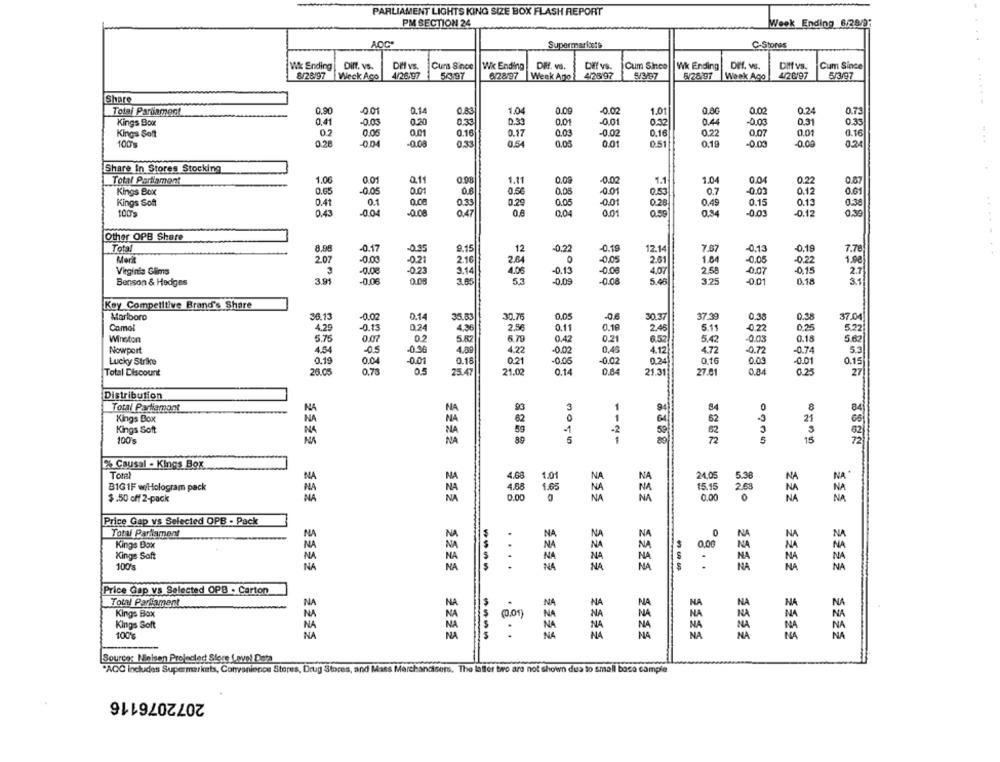
PARLIAMENT LIGHTS KING SIZE BOX FLASH REPORT
PM SECTION 24
Week Ending 6/28/0;
AOC
Supermarkets
C-Stores
W& Ending | Diff. vs.
Diff vs.
Curs Since
Wk Ending
DI. va.
Diff vs.
Cum Since
Wk Ending
Dif. vs.
Diff vs.
Cum Since
8/28/97
Week Aco
4/26,97
56.97
6/2897
Week Ago
4/28'97
5/3/97
5/2897 Week Ago
4/26/97
5/3/97
Share
.......
Total Parliament
0,90
-0.01
0.14
0.83
1.04
0.09
-0.02
1.01
0.80
0.00
0.24
0.73
Kings Box
0.41
-0.03
0.20
0.33
0.01
-0.01
0.32
0.44
-0.03
0.31
0.33
033
Kings Soft
02
0.05
0.01
0.16
0.17
0.03
-0.02
0.16
0.22
0.07
0.01
0.16
100
0.26
-0.04
-0.08
0.33
0.5
0.01
0.51
0.19
-0.05
-0,00
0.24
Share In Stores Stocking
Total Parliament
1.06
0.01
0.11
0.98
1.11
-0.02
1.1
1.04
0.04
0.22
0.67
Kings Box
0.65
-0.05
0.50
0.05
001
0.7
-0.03
0.12
0.8
0.53
0.61
Kings Soft
0.41
0.1
0.08
0.33
0.29
0.05
-0.01
0.28
0.49
0.15
0.13
0.38
100%
0.43
-0.04
-0.00
0.6
0.04
0.0
0.59
0.34
-0.03
-0.12
Other OPB Share
Total
8,98
-0.17
-0.95
9.15
12
-0.22
-0.19
12.14
7.87
-0.13
-0.19
7.78
Merk
2.07
-0.00
-021
2.16
-0,05
1.04
-0.05
-0.22
1.98
2.64
2.61
Virginia Glims
-0.08
-0.23
3.14
4.06
-0.13
-0.06
4.07
2.5:
-0.07
-0,15
2.7
Benson & Hedges
3.91
-0.06
0.05
3.65
57
-0.09
-0.08
5.48
3.25
-0.01
0.18
3.1
Key Competitive Brand's Share
Marlboro
36.13
-0.02
0.14
35.83
30.76
0.05
-06
30.37
37.39
0.38
0.98
37.04
Camel
4.29
-0.13
024
2.56
0.11
5.11
-0.22
0.25
5.22
4.36
0.19
2.45
Winston
5.75
0.2
5.82
5.79
0.47
0.21
6.52
5.42
003
0.15
Nowport
4.54
-0.5
-0.36
4.00
422
-0,02
0,45
4.72
-0.72
-0.74
0.19
0.04
0.18
4.12
0.16
0.03
-0.01
Lucky Strike
-0.01
0.21
-0.05
0.02
0.15
Total Discount
26.05
0.73
25.47
21.02
0.14
0.84
21.31
27.61
0.84
0.25
27
Distribution
Total Partlamont
NA
93
84
8
84
Kings Box
NA
62
1
62
21
66
Kings Soft
NA
NA
59
-2
5
62
3
100 g
NA
89
3015
72
5
15
% Causal - Kings Box
Total
NA
NA
24,05
NA
BIG IF w/Hologram pack
1.01
NA
NA
NA
NA
15.15
NA
NA
$.50 off 2-pack
NA
0.00
NA
Price Gap vs Selected OPB - Pack
Total Parliament
NA
N
0
NA
N
NA
.
NA
Kings Box
NA
0.00
NA
Kings Soft
NA
.
NA
NA
NA
NA
NA
100's
NA
----
Price Gap vs Selected OPB - Carton
Total Parliament
NA
NA
MA
NU
NU
NA
Kings Box
Kings Soft
NA
100%
NA
NA
...
NA
NA
NA
Source: Nielsen Projected Store Lovel Dieta
"AQC includes Supermarkets, Convenience Stores, Drug Stores, and Mass Merchandisers. The latter bro are not shown dus to small base cample
2072076116